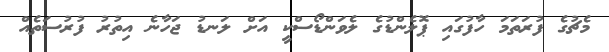
މެޗުގެ ފުރަތަމަ ހާފުގައި ޕޮލެންޑުގެ ލެވަންޑޯސްކީ އަށް ލަނޑު ޖަހާނެ އިތުރު ފުރުސަތެއް